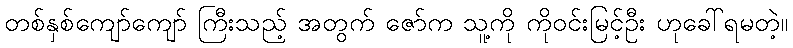
တစ်နှစ်ကျော်ကျော် ကြီးသည့် အတွက် ဇော်က သူ့ကို ကိုဝင်းမြင့်ဦး ဟုခေါ်ရမတဲ့။